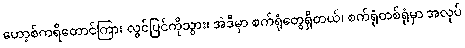
ဟော့စ်ကရိတောင်ကြား လွင်ပြင်ကိုသွား၊ အဲဒီမှာ စက်ရုံတွေရှိတယ်၊ စက်ရုံတစ်ရုံမှာ အလုပ်